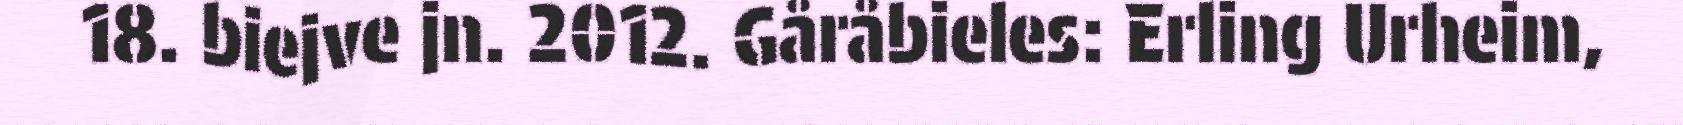
18. biejve jn. 2012. Gåråbieles: Erling Urheim,